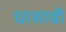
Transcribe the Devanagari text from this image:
घासावी